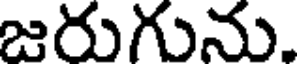
జరుగును.